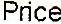
PRICE